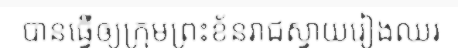
បានធ្វើឲ្យក្រុមព្រះខ័នរាជស្វាយរៀងឈរ